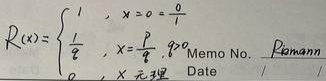
\(R(x)=\begin{cases}1, & \text{当 } x = 0=\frac{0}{1}\\
\frac{1}{q}, & \text{当 } x=\frac{p}{q},(p,q)=1\\
0, & \text{当 } x\text{ 为无理数}
\end{cases}\)